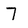
Character: 7